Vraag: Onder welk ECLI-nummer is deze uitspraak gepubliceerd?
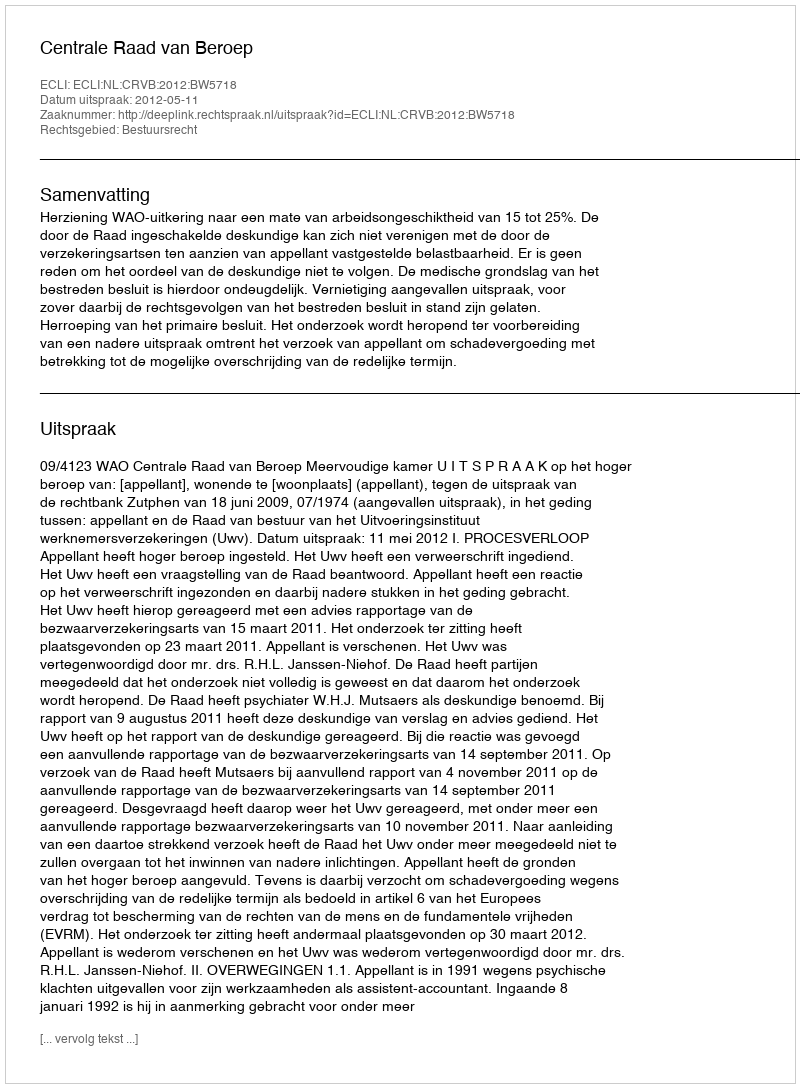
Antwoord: ECLI:NL:CRVB:2012:BW5718